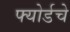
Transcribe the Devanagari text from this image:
फ्योर्डचे